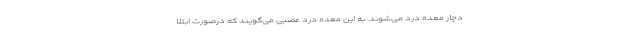
دچار معده درد می‌شوند. به این معده درد عصبی می‌گویند که درصورت ابتلا